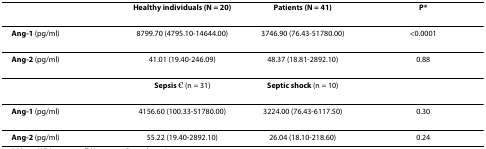
<table><thead><tr><td></td><td><b>Healthy individuals (N = 20)</b></td><td><b>Patients (N = 41)</b></td><td><b>P*</b></td></tr></thead><tbody><tr><td><b>Ang-1 </b>(pg/ml)</td><td>8799.70 (4795.10-14644.00)</td><td>3746.90 (76.43-51780.00)</td><td>&lt;0.0001</td></tr><tr><td><b>Ang-2 </b>(pg/ml)</td><td>41.01 (19.40-246.09)</td><td>48.37 (18.81-2892.10)</td><td>0.88</td></tr><tr><td></td><td><b>Sepsis </b>€ (n = 31)</td><td><b>Septic shock </b>(n = 10)</td><td></td></tr><tr><td><b>Ang-1 </b>(pg/ml)</td><td>4156.60 (100.33-51780.00)</td><td>3224.00 (76.43-6117.50)</td><td>0.30</td></tr><tr><td><b>Ang-2 </b>(pg/ml)</td><td>55.22 (19.40-2892.10)</td><td>26.04 (18.10-218.60)</td><td>0.24</td></tr></tbody></table>